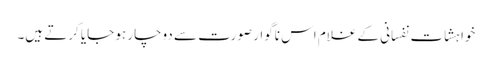
خواہشات نفسانی کے غلام اس ناگوار صورت سے دوچار ہو جایا کرتے ہیں۔